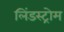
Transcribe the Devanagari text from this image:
लिंडस्ट्रोम